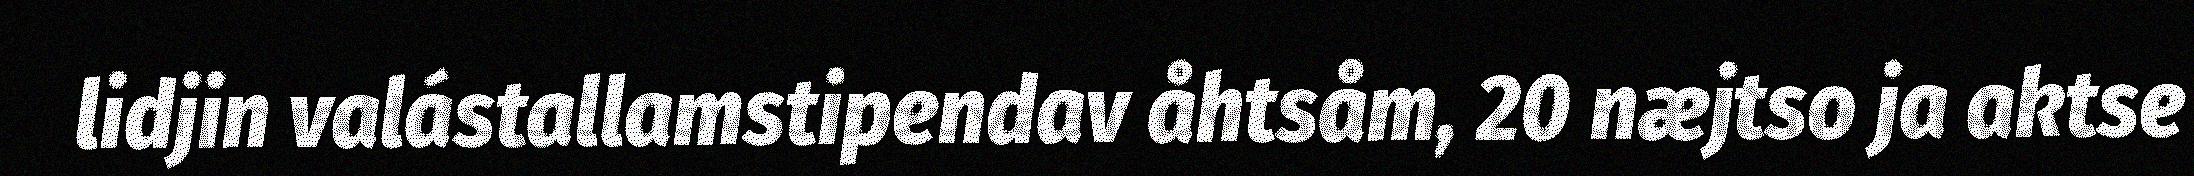
lidjin valástallamstipendav åhtsåm, 20 næjtso ja aktse